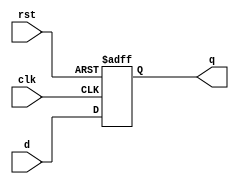
module dreg # (parameter WIDTH = 32) (
        input  wire             clk,
        input  wire             rst,
        input  wire [WIDTH-1:0] d,
        output reg  [WIDTH-1:0] q
    );

    always @ (posedge clk, posedge rst) begin
        if (rst) q <= 0;
        else     q <= d;
    end
endmodule